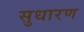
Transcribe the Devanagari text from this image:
सुधारण